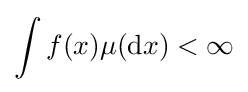
\int f(x)\mu (\mathrm {d} x)<\infty